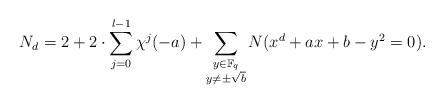
LaTeX: \begin{align*}N_d&=2+2\cdot \sum_{j=0}^{l-1}\chi^j(-a) + \sum_{\substack{y\in\mathbb{F}_q\\y\neq\pm\sqrt{b}}}N(x^d+ax+b-y^2=0).\end{align*}